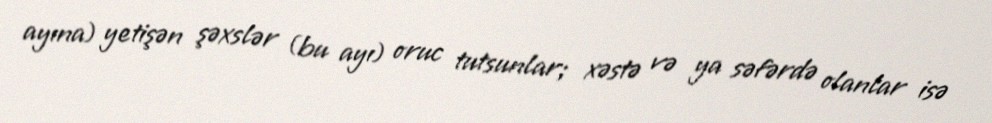
ayına) yetişən şəxslər (bu ayı) oruc tutsunlar; xəstə və ya səfərdə olanlar isə